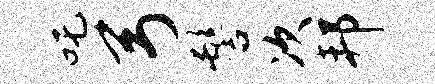
吒弓髻次邦